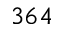
3 6 4